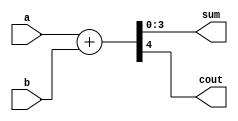
`timescale 1ns / 1ps
//////////////////////////////////////////////////////////////////////////////////
// Company: 
// Engineer: 
// 
// Design Name: 
// Module Name: adder_carry_loacl_par
// Project Name: 
// Target Devices: 
// Tool Versions: 
// Description: 
// 
// Dependencies: 
// 
// Revision:
// Revision 0.01 - File Created
// Additional Comments:
// 
//////////////////////////////////////////////////////////////////////////////////


module adder_carry_local_par
        (
        input [3:0] a, b,
        output [3:0] sum,
      output cout      
        );
        // 
        localparam  N = 4 ,
                 N1 = N-1;
        wire [N:0] sum_ext;
        assign  sum_ext = {1'b0, a} + {1'b0, b};
        assign  sum = sum_ext [N1:0] ;
        assign  cout= sum_ext [N] ;
    endmodule